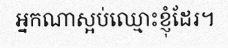
អ្នកណាស្អប់ឈ្មោះខ្ញុំដែរ។